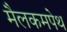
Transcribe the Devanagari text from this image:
मैलकमपेथ